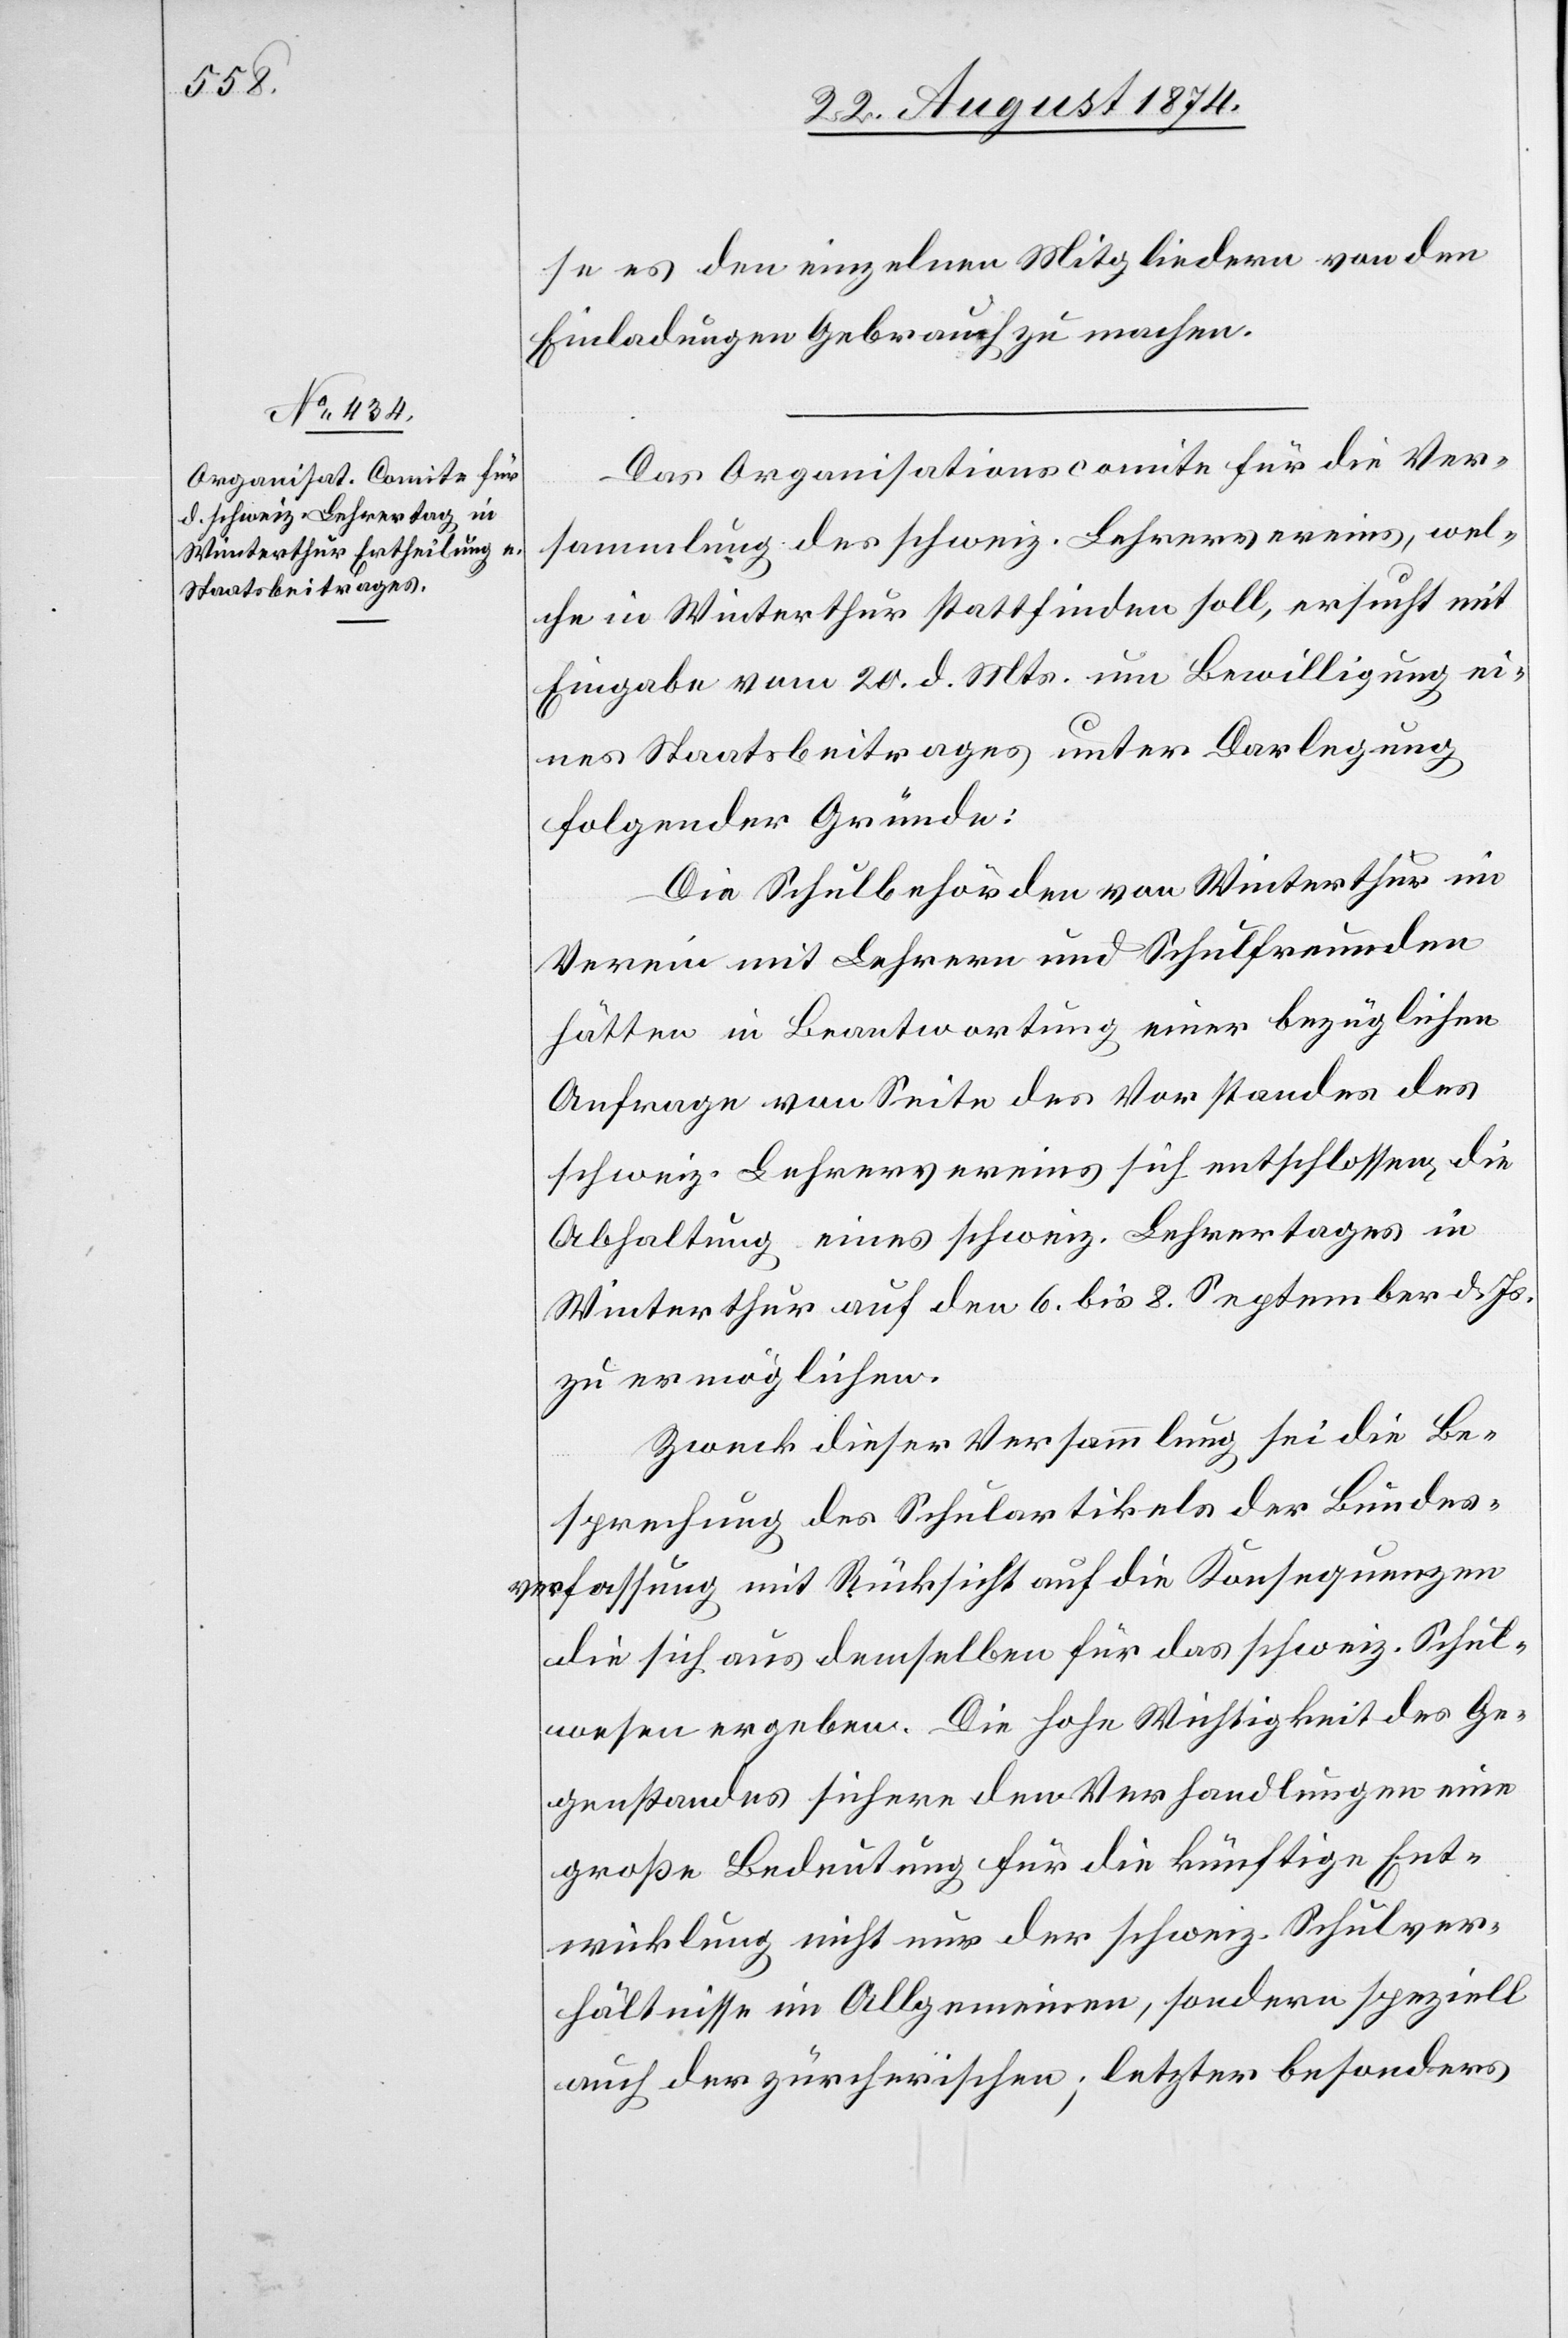
se es den einzelnen Mitgliedern von den
Einladungen Gebrauch zu machen.
Das Organisationscomite für die Ver¬
sammlung des schweiz. Lehrervereins, wel¬
che in Winterthur stattfinden soll, ersucht mit
Eingabe vom 20. d. Mts. um Bewilligung ei¬
nes Staatsbeitrages unter Darlegung
folgender Gründe:
Die Schulbehörden von Winterthur im
Verein mit Lehrern und Schulfreunden
hätten in Beantwortung einer bezüglichen
Anfrage von Seite des Vorstandes des
schweiz. Lehrervereins sich entschlossen, die
Abhaltung eines schweiz. Lehrertages in
Winterthur auf den 6. bis 8. September d. Js.
zu ermöglichen.
Zweck dieser Versammlung sei die Be¬
sprechung des Schulartikels der Bundes¬
verfassung mit Rücksicht auf die Konsequenzen
die sich aus demselben für das schweiz. Schul¬
wesen ergeben. Die hohe Wichtigkeit des Ge¬
genstandes sichere den Verhandlungen eine
große Bedeutung für die künftigen Ent¬
wicklung nicht nur der schweiz. Schulver¬
hältnisse im Allgemeinen, sondern speziell
auch der zürcherischen; letzter[er] besonders